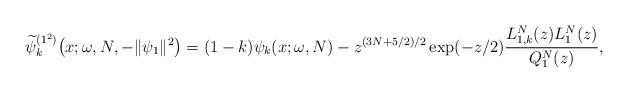
LaTeX: \begin{gather*} \widetilde{\psi }_{k}^{( 1^{2}) }\big(x;\omega ,N,- \Vert \psi _{1} \Vert ^{2}\big) = ( 1-k ) \psi _{k}(x;\omega,N) -z^{( 3N+5/2) /2}\exp ( -z/2) \frac{L_{1,k}^{N}(z) L_{1}^{N}(z) }{Q_{1}^{N}(z)},\end{gather*}